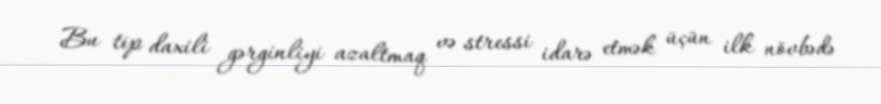
Bu tip daxili gərginliyi azaltmaq və stressi idarə etmək üçün ilk növbədə